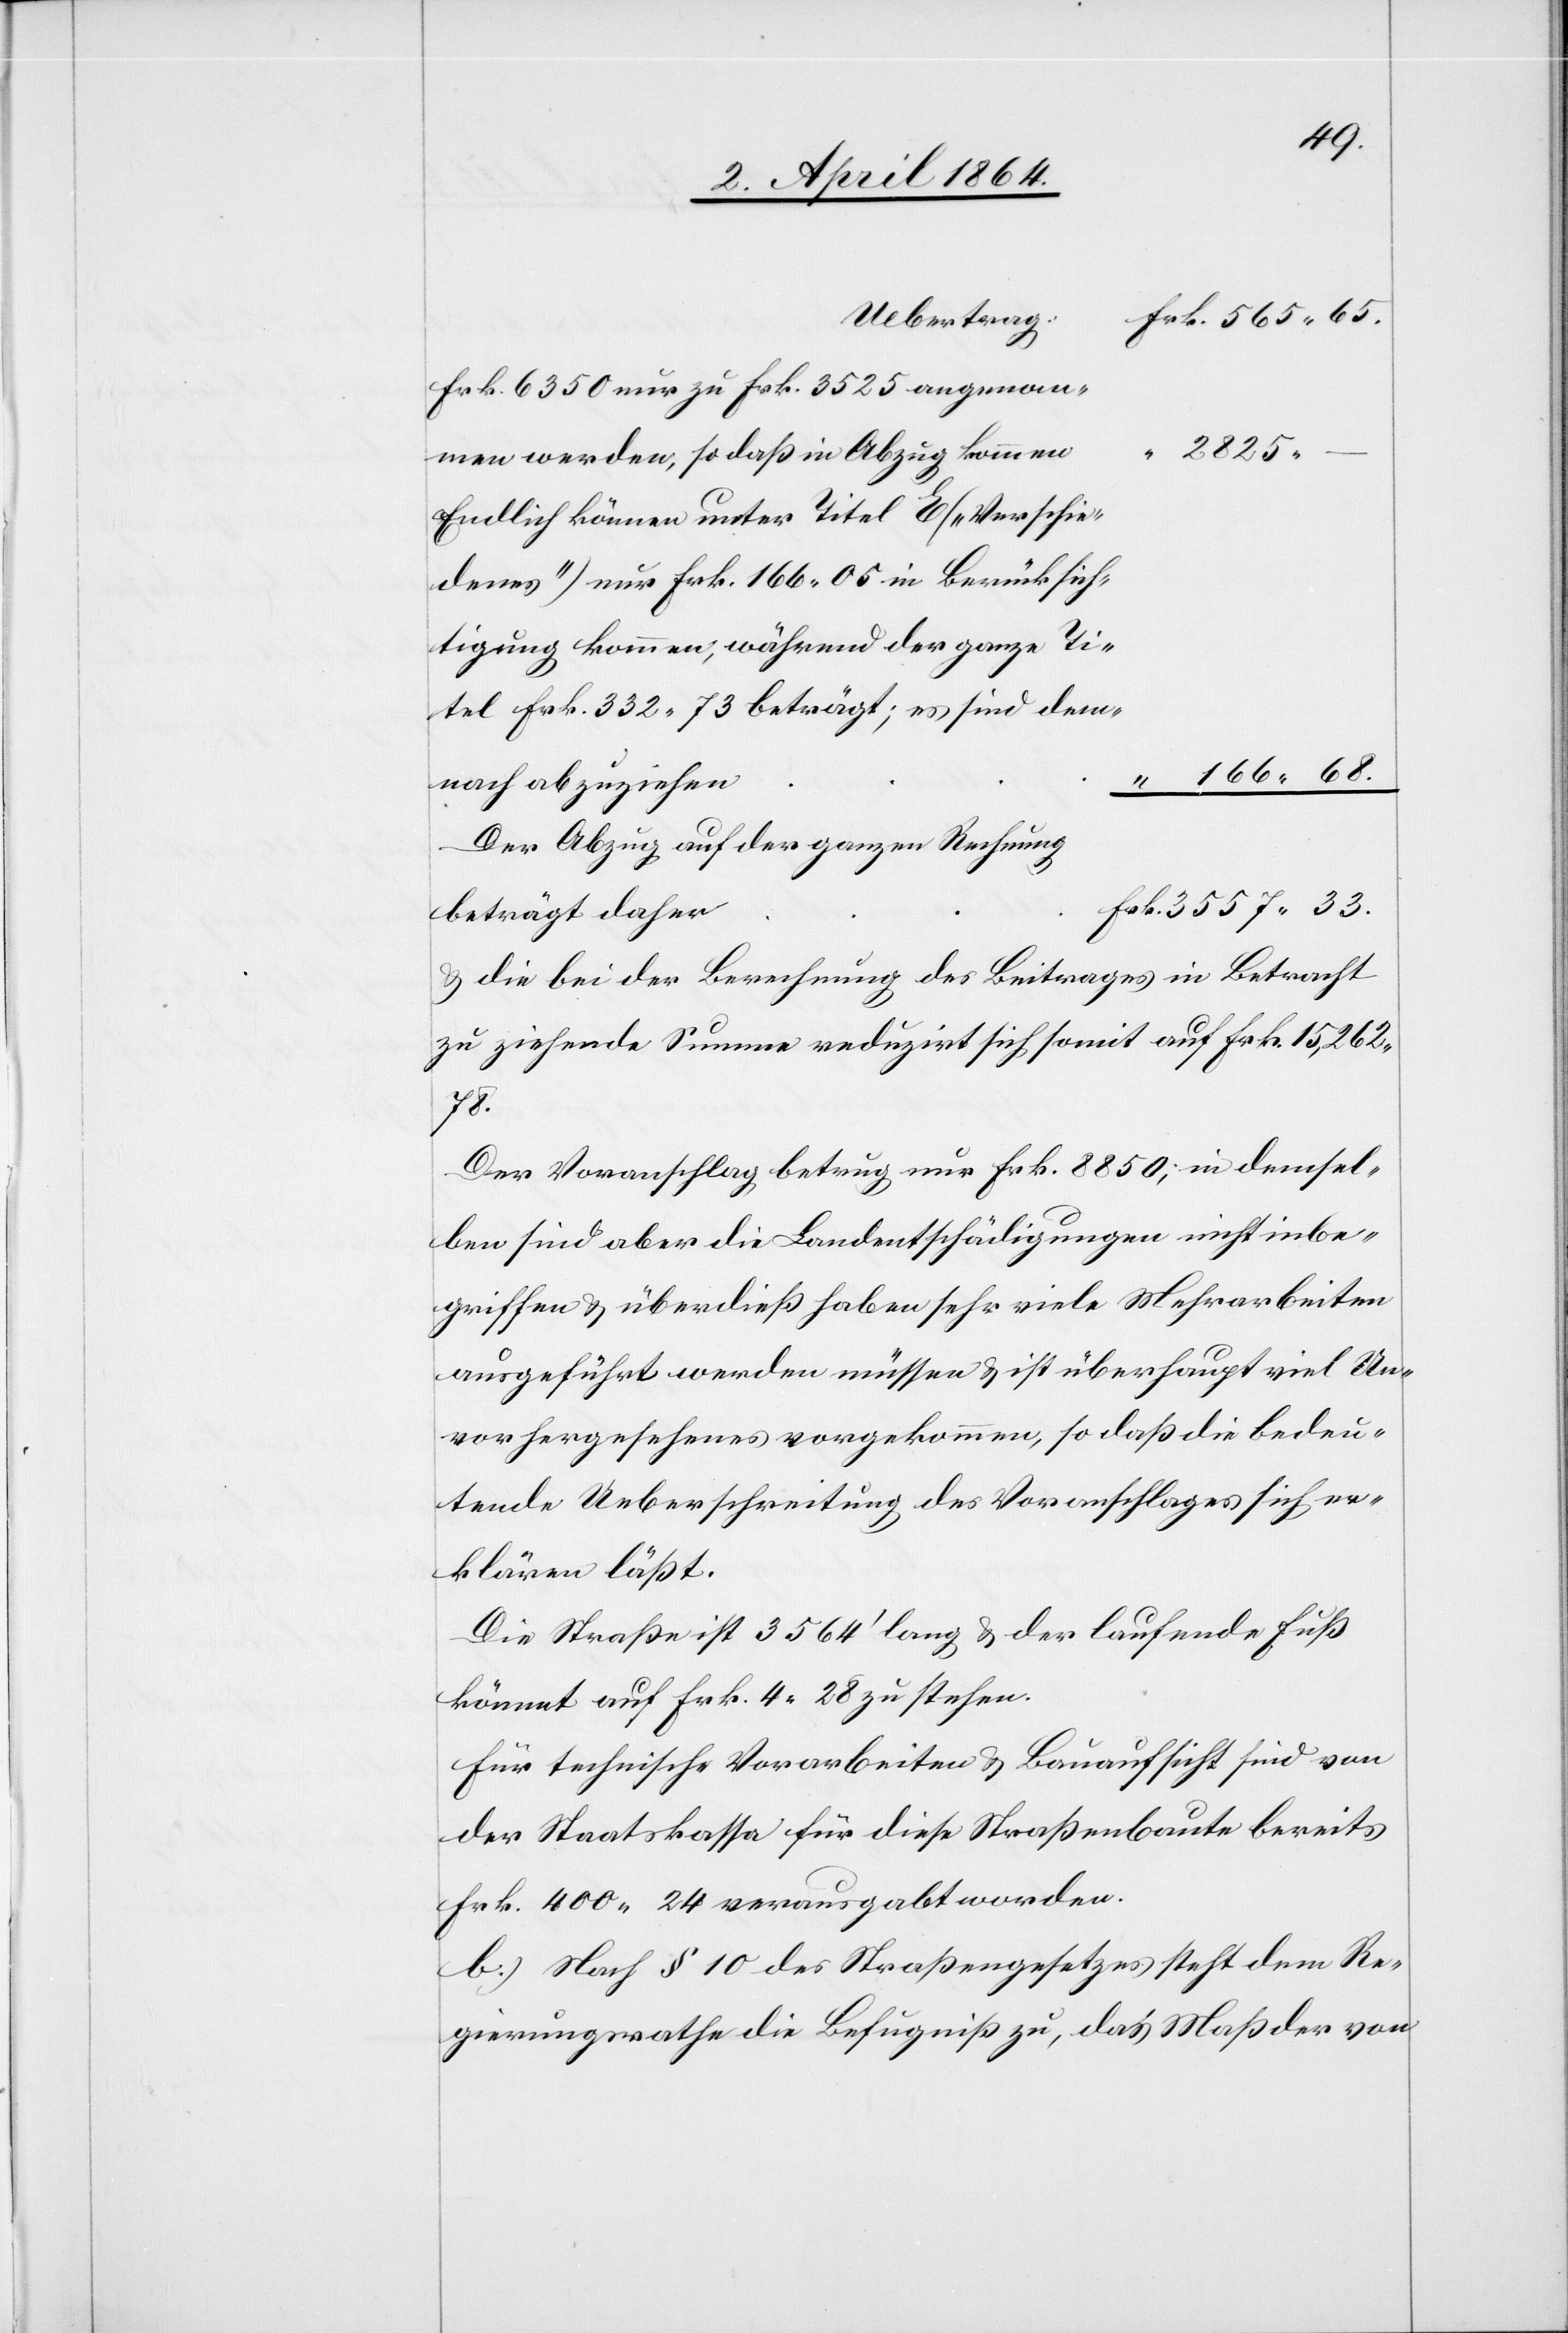
Uebertrag
Frk. 6350 nur zu Frk. 3525 angenom¬
2825
men werden, so daß in Abzug
Endlich können unter Titel E („Verschie¬
denes“) nur Frk. 166 05 in Berücksich¬
tigung kommen, während der ganze Ti¬
tel Frk. 332 73 beträgt; es sind dem¬
Der Abzug auf der ganzen Rechnung
u. die bei der Berechnung des Beitrages in Betracht
zu ziehende Summe reduzirt sich somit auf Frk. 15,262
78.
Der Voranschlag betrug nur Frk. 8850; in demsel¬
ben sind aber die Landentschädigungen nicht inbe¬
griffen, u. überdieß haben sehr viele Mehrarbeiten
ausgeführt werden müssen u. ist überhaupt viel Un¬
vorhergesehenes vorgekommen, so daß die bedeu¬
tende Ueberschreitung des Voranschlages sich er¬
klären läßt.
Die Straße ist 3564’ lang u. der laufende Fuß
kömmt auf Frk. 4 28 zu stehen.
Für technische Vorarbeiten u. Bauaufsicht sind von
der Staatskassa für diese Straßenbaute bereits
Frk. 400 24 verausgabt worden.
b.) Nach § 19 des Straßengesetzes steht dem Re¬
gierungsrathe die Befugniß zu, das Maß der von